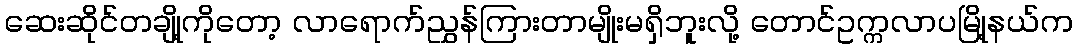
ဆေးဆိုင်တချို့ကိုတော့ လာရောက်ညွှန်ကြားတာမျိုးမရှိဘူးလို့ တောင်ဥက္ကလာပမြို့နယ်က